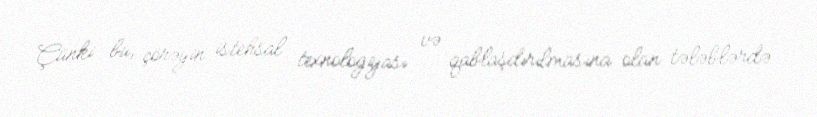
Çünki bu, çörəyin istehsal texnologiyası və qablaşdırılmasına olan tələblərdə